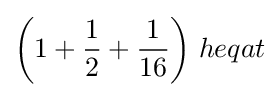
{\bigg (}1+{\frac {1}{2}}+{\frac {1}{16}}{\bigg )}\;heqat